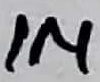
Text: 1M